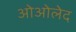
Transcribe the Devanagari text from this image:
ओओलेद